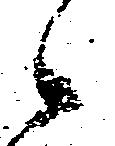
候